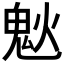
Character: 𩲕